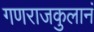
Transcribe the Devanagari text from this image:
गणराजकुलानं